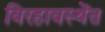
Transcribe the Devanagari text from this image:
विरहावस्थेंत